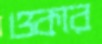
ওকার